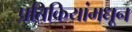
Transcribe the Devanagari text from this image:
प्रतिक्रियांमधून